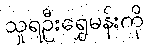
သူရဦးရွှေမန်းကို